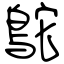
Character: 鴕